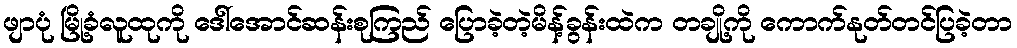
ဖျာပုံ မြို့ခံလူထုကို ဒေါ်အောင်ဆန်းစုကြည် ပြောခဲ့တဲ့မိန့်ခွန်းထဲက တချို့ကို ကောက်နုတ်တင်ပြခဲ့တာ